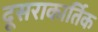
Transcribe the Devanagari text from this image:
दूसराकार्तिक